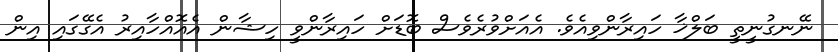
ނޭނގުނީތީ ބަލްޚާ ހައިރާންވިއެވެ. އެއަށްވުރެވެސް ބޮޑަށް ހައިރާންވީ ހިޝާން އެއޮއްހާއިރު އެގޭގައި އިން